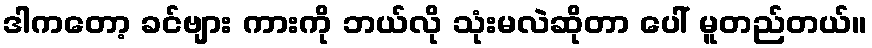
ဒါကတော့ ခင်ဗျား ကားကို ဘယ်လို သုံးမလဲဆိုတာ ပေါ် မူတည်တယ်။